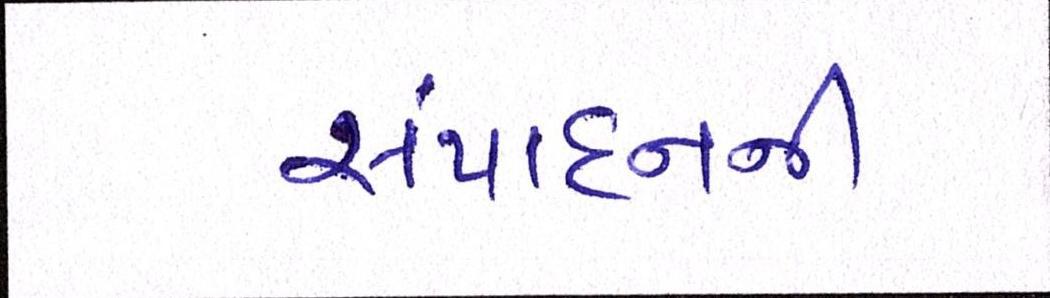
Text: સંપાદનની